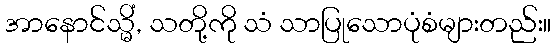
အာနောင်သ္မိံ, သတို့ကို သံ သာပြုသောပုံစံများတည်း။